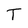
Character: T